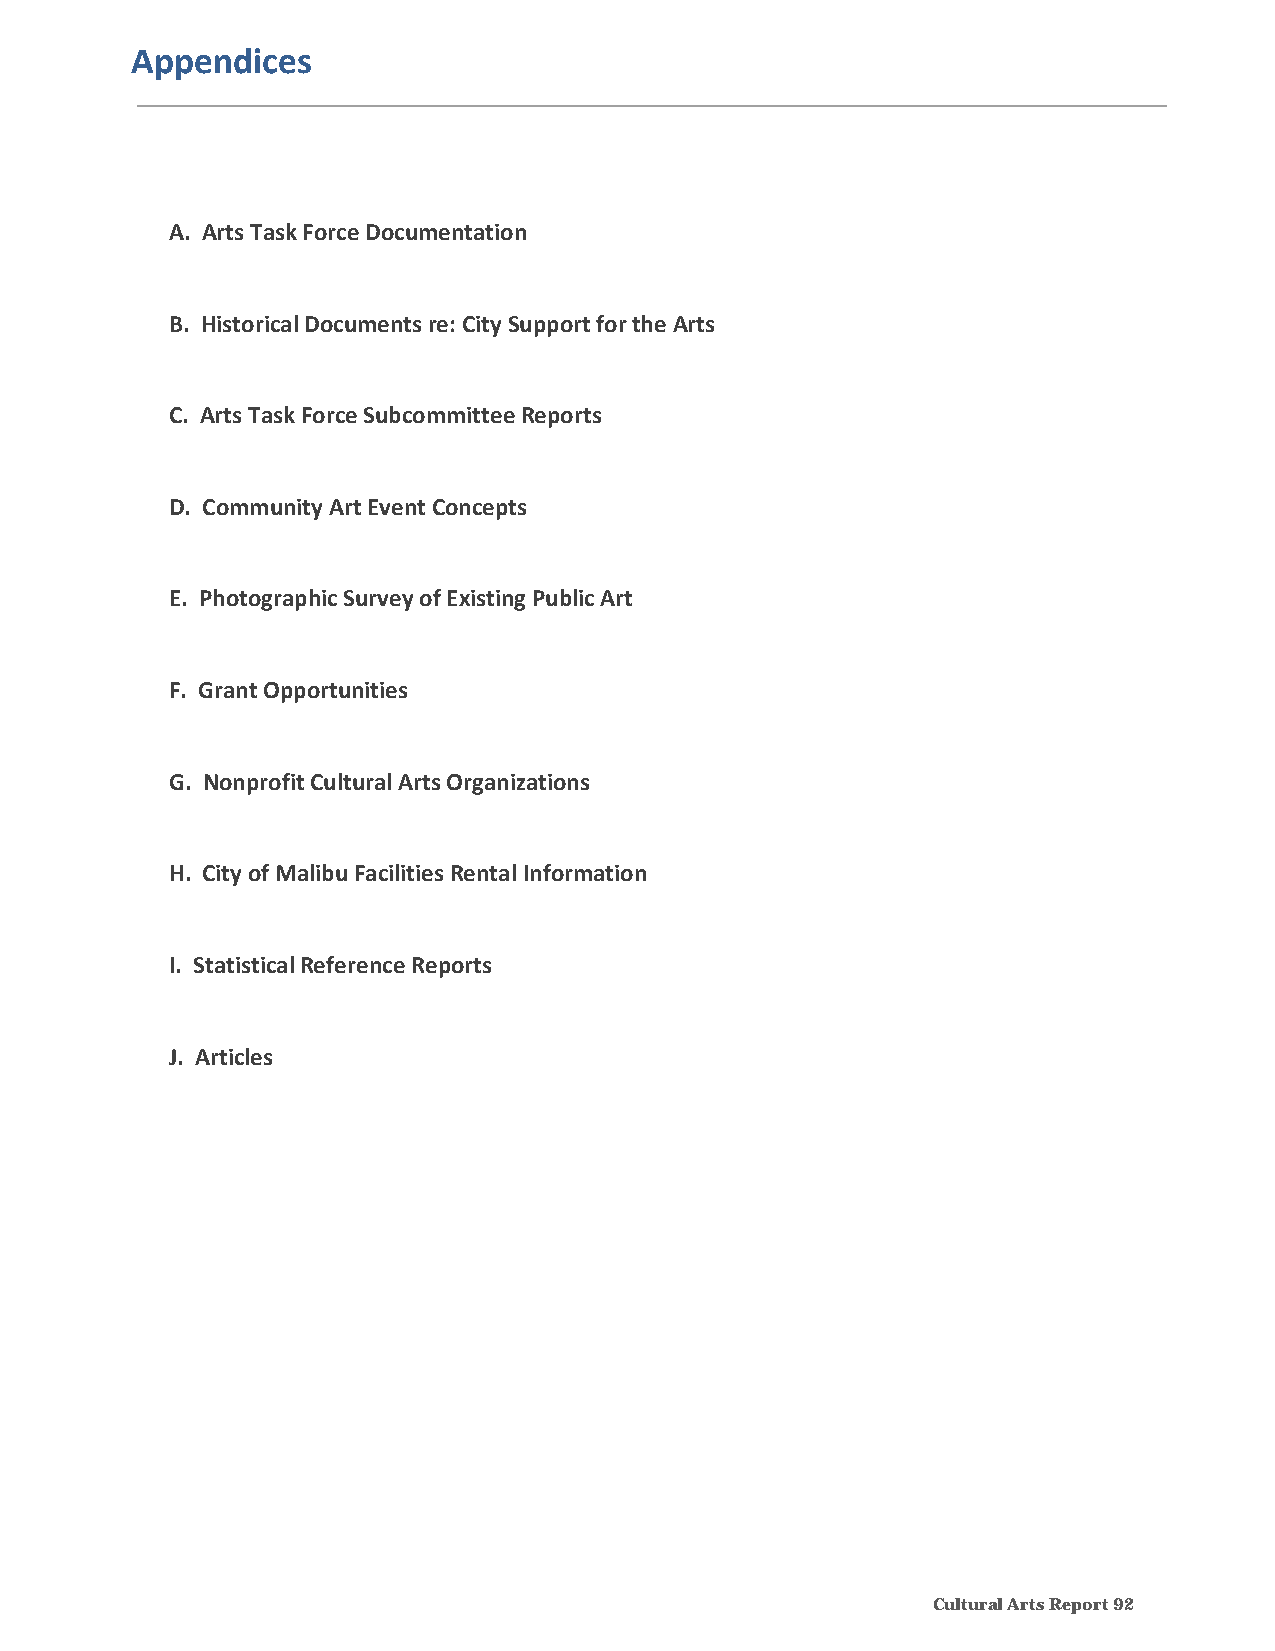
Appendices
 A. Arts Task Force Documentation
 B. Historical Documents re: City Support for the Arts
 C. Arts Task Force Subcommittee Reports
 D. Community Art Event Concepts
 E. Photographic Survey of Existing Public Art
 F. Grant Opportunities
 G. Nonprofit Cultural Arts Organizations
 H. City of Malibu Facilities Rental Information
 I. Statistical Reference Reports
 J. Articles
 Cultural Arts Report 92